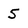
Character: 5